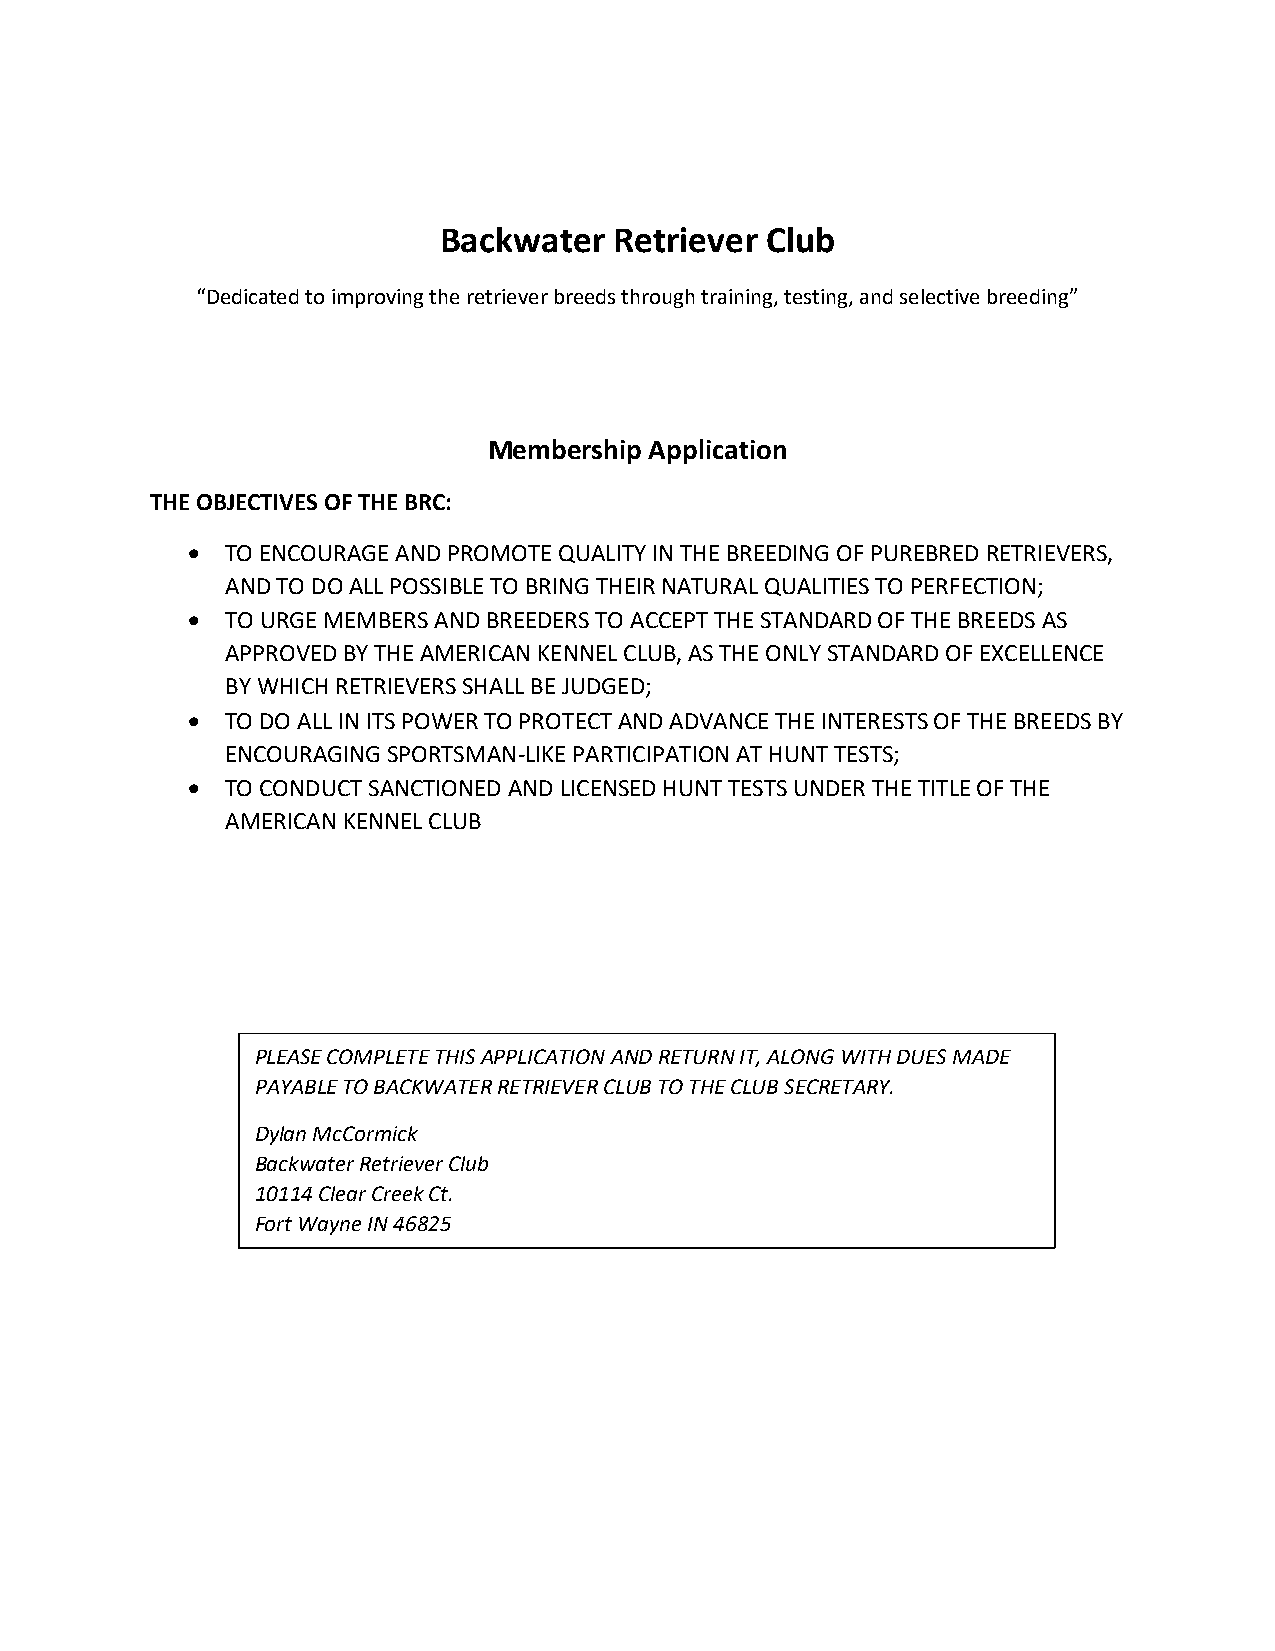
Backwater   Retriever Club
 “Dedicated to improving the retriever breeds through training, testing, and selective breeding”
 Membership Application
 THE OBJECTIVES OF THE BRC:
 •  TO ENCOURAGE AND PROMOTE QUALITY IN THE BREEDING OF PUREBRED RETRIEVERS,
 AND TO DO ALL POSSIBLE TO BRING THEIR NATURAL QUALITIES TO PERFECTION;
 •  TO URGE MEMBERS AND BREEDERS TO ACCEPT THE STANDARD OF THE BREEDS AS
 APPROVED BY THE AMERICAN KENNEL CLUB, AS THE ONLY STANDARD OF EXCELLENCE
 BY WHICH RETRIEVERS SHALL BE JUDGED;
 •  TO DO ALL IN ITS POWER TO PROTECT AND ADVANCE THE INTERESTS OF THE BREEDS BY
 ENCOURAGING SPORTSMAN-LIKE PARTICIPATION AT HUNT TESTS;
 •  TO CONDUCT SANCTIONED AND LICENSED HUNT TESTS UNDER THE TITLE OF THE
 AMERICAN KENNEL CLUB
 PLEASE COMPLETE THIS APPLICATION AND RETURN IT, ALONG WITH DUES MADE
 PAYABLE TO BACKWATER RETRIEVER CLUB TO THE CLUB SECRETARY.
 Dylan McCormick
 Backwater Retriever Club
 10114 Clear Creek Ct.
 Fort Wayne IN 46825